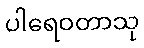
ပါရေဝတာသု